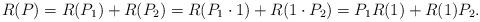
LaTeX: \begin{align*} R(P) = R(P_1)+R(P_2) = R(P_1\cdot 1) + R(1\cdot P_2) = P_1R(1) + R(1)P_2.\end{align*}